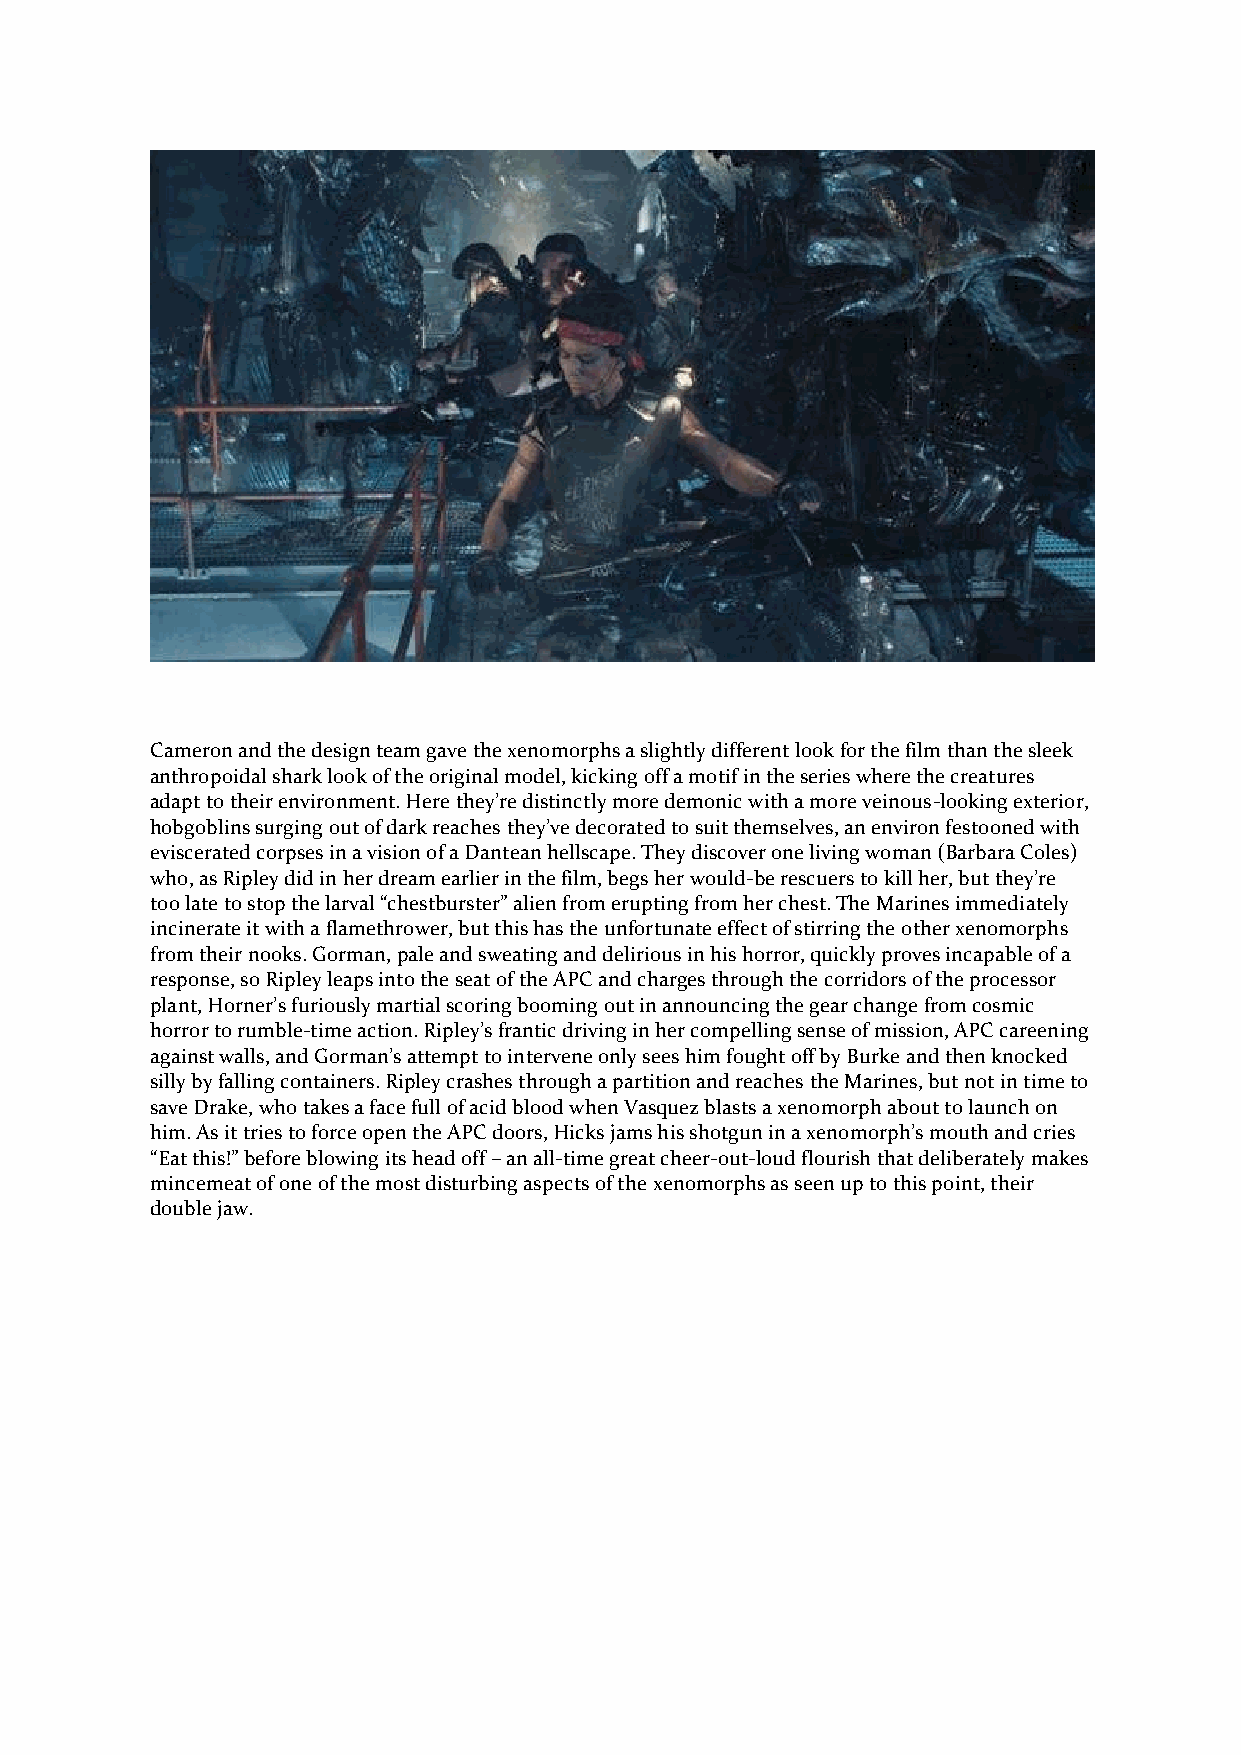
Cameron and the design team gave the xenomorphs a slightly different look for the film than the sleek
 anthropoidal shark look of the original model, kicking off a motif in the series where the creatures
 adapt to their environment. Here they’re distinctly more demonic with a more veinous-looking exterior,
 hobgoblins surging out of dark reaches they’ve decorated to suit themselves, an environ festooned with
 eviscerated corpses in a vision of a Dantean hellscape. They discover one living woman (Barbara Coles)
 who, as Ripley did in her dream earlier in the film, begs her would-be rescuers to kill her, but they’re
 too late to stop the larval “chestburster” alien from erupting from her chest. The Marines immediately
 incinerate it with a flamethrower, but this has the unfortunate effect of stirring the other xenomorphs
 from their nooks. Gorman, pale and sweating and delirious in his horror, quickly proves incapable of a
 response, so Ripley leaps into the seat of the APC and charges through the corridors of the processor
 plant, Horner’s furiously martial scoring booming out in announcing the gear change from cosmic
 horror to rumble-time action. Ripley’s frantic driving in her compelling sense of mission, APC careening
 against walls, and Gorman’s attempt to intervene only sees him fought off by Burke and then knocked
 silly by falling containers. Ripley crashes through a partition and reaches the Marines, but not in time to
 save Drake, who takes a face full of acid blood when Vasquez blasts a xenomorph about to launch on
 him. As it tries to force open the APC doors, Hicks jams his shotgun in a xenomorph’s mouth and cries
 “Eat this!” before blowing its head off – an all-time great cheer-out-loud flourish that deliberately makes
 mincemeat of one of the most disturbing aspects of the xenomorphs as seen up to this point, their
 double jaw.